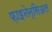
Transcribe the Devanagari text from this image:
फ़ाइनेन्सिअल